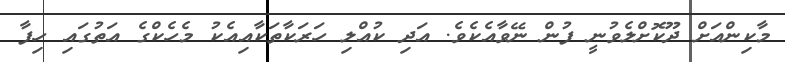
މާކިންއަށް ދޫކޮށްލެވުނީ ފުން ނޭވާއެކެވެ. އަދި ކުއްލި ހަރަކާތަކާއިއެކު މެހެކްގެ އަތުގައި ހިފާ